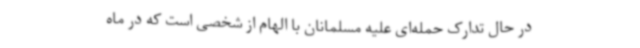
در حال تدارک حمله‌ای علیه مسلمانان با الهام از شخصی است که در ماه